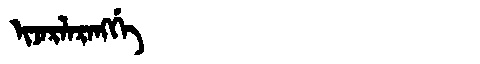
Manchu: ᡳᠵᠠᡵᠯᠠᡵᠠᠩᡤᡝ
Romanization: IJARLARANGGE